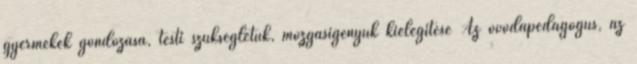
gyermekek gondozása, testi szükségletük, mozgásigényük kielégítése Az óvodapedagógus, az